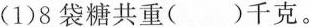
(1)8袋糖共重()千克。